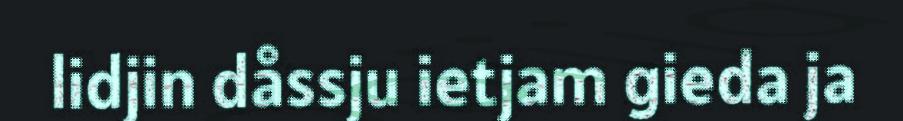
lidjin dåssju ietjam gieda ja